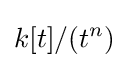
k[t]/(t^{n})